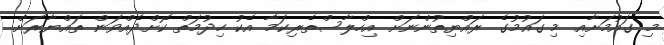
މި ގައުމަށާއި މި ގައުމުގެ ރައްޔިތުންނަށް އިހްލާސްތެރިކަމާ އެކު ހިދުމަތް ކޮށްދެއްވަން ތައްޔާރަށް